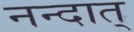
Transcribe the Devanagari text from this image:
नन्दात्